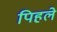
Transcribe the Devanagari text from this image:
पिहले